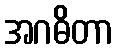
အဂဓိတာ